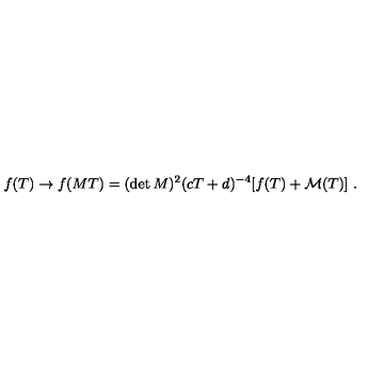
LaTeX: f ( T ) \rightarrow f ( M T ) = ( \det M ) ^ { 2 } ( c T + d ) ^ { - 4 } [ f ( T ) + { \cal M } ( T ) ] \ .